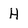
Character: H